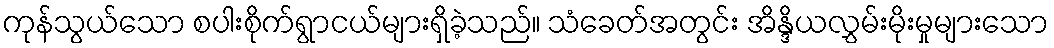
ကုန်သွယ်သော စပါးစိုက်ရွာငယ်များရှိခဲ့သည်။ သံခေတ်အတွင်း အိန္ဒိယလွှမ်းမိုးမှုများသော